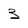
Character: 3